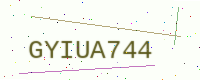
Text: GYIUA744